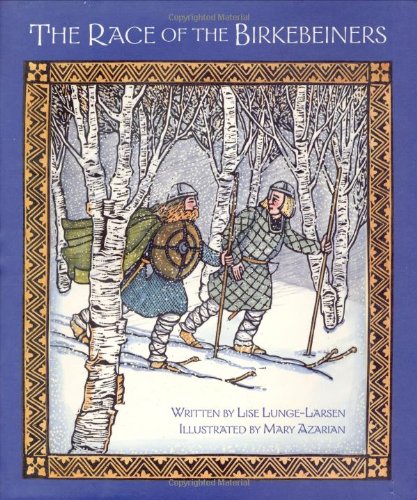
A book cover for The Race of the Birkebeiners; Lise Lunge-Larsen; Children's Books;